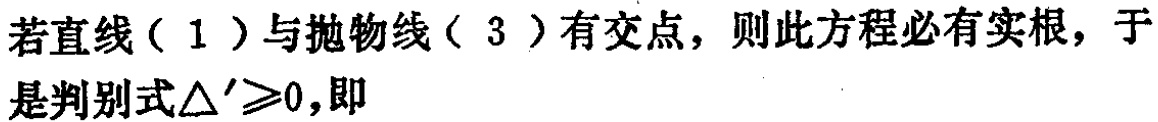
若直线（ 1 ）与抛物线（ 3 ）有交点，则此方程必有实根，于是判别式$\triangle '\geqslant0$,即